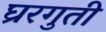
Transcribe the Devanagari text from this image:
घ्ररगुती